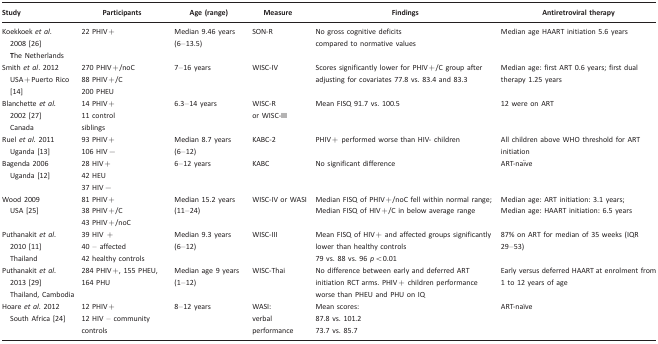
<table><thead><tr><td><b>Study</b></td><td><b>Participants</b></td><td><b>Age (range)</b></td><td><b>Measure</b></td><td><b>Findings</b></td><td><b>Antiretroviral therapy</b></td></tr></thead><tbody><tr><td>Koekkoek <i>et al</i>. 2008 [26]The Netherlands</td><td>22 PHIV+</td><td>Median 9.46 years (6–13.5)</td><td>SON-R</td><td>No gross cognitive deficitscompared to normative values</td><td>Median age HAART initiation 5.6 years</td></tr><tr><td>Smith <i>et al</i>. 2012USA+Puerto Rico [14]</td><td>270 PHIV+/noC88 PHIV+/C200 PHEU</td><td>7–16 years</td><td>WISC-IV</td><td>Scores significantly lower for PHIV+/C group afteradjusting for covariates 77.8 vs. 83.4 and 83.3</td><td>Median age: first ART 0.6 years; first dual therapy 1.25 years</td></tr><tr><td>Blanchette <i>et al</i>. 2002 [27]Canada</td><td>14 PHIV+11 controlsiblings</td><td>6.3–14 years</td><td>WISC-R or WISC-III</td><td>Mean FISQ 91.7 vs. 100.5</td><td>12 were on ART</td></tr><tr><td>Ruel <i>et al</i>. 2011 Uganda [13]</td><td>93 PHIV+106 HIV−</td><td>Median 8.7 years(6–12)</td><td>KABC-2</td><td>PHIV+ performed worse than HIV- children</td><td>All children above WHO threshold for ART initiation</td></tr><tr><td>Bagenda 2006Uganda [12]</td><td>28 HIV+42 HEU37 HIV−</td><td>6–12 years</td><td>KABC</td><td>No significant difference</td><td>ART-naïve</td></tr><tr><td>Wood 2009USA [25]</td><td>81 PHIV+38 PHIV+/C43 PHIV+/noC</td><td>Median 15.2 years(11–24)</td><td>WISC-IV or WASI</td><td>Median FISQ of PHIV+/noC fell within normal range; Median FISQ of HIV+/C in below average range</td><td>Median age: ART initiation: 3.1 years; Median age: HAART initiation: 6.5 years</td></tr><tr><td>Puthanakit <i>et al</i>. 2010 [11]Thailand</td><td>39 HIV +40 – affected42 healthy controls</td><td>Median 9.3 years(6–12)</td><td>WISC-III</td><td>Mean FISQ of HIV+ and affected groups significantly lower than healthy controls79 vs. 88 vs. 96 <i>p</i>&lt;0.01</td><td>87% on ART for median of 35 weeks (IQR 29–53)</td></tr><tr><td>Puthanakit <i>et al</i>. 2013 [29]Thailand, Cambodia</td><td>284 PHIV+, 155 PHEU, 164 PHU</td><td>Median age 9 years(1–12)</td><td>WISC-Thai</td><td>No difference between early and deferred ART initiation RCT arms. PHIV+ children performance worse than PHEU and PHU on IQ</td><td>Early versus deferred HAART at enrolment from 1 to 12 years of age</td></tr><tr><td>Hoare <i>et al</i>. 2012South Africa [24]</td><td>12 PHIV+12 HIV – community controls</td><td>8–12 years</td><td>WASI:verbal performance</td><td>Mean scores:87.8 vs. 101.273.7 vs. 85.7</td><td>ART-naïve</td></tr></tbody></table>